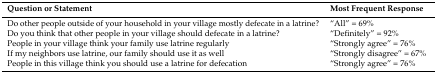
| Question or Statement | Most Frequent Response |
 | --- | --- |
 | Do other people outside of your household in your village mostly defecate in a latrine? | “All” = 69% |
 | Do you think that other people in your village should defecate in a latrine? | “Definitely” = 92% |
 | People in your village think your family use latrine regularly | “Strongly agree” = 76% |
 | If my neighbors use latrine, our family should use it as well | “Strongly disagree” = 67% |
 | People in this village think you should use a latrine for defecation | “Strongly agree” = 76% |